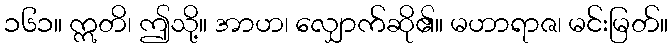
၁၆၁။ ဣတိ၊ ဤသို့။ အာဟ၊ လျှောက်ဆို၏။ မဟာရာဇ၊ မင်းမြတ်။